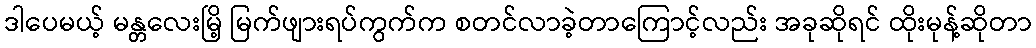
ဒါပေမယ့် မန္တလေးမြိ့ မြက်ဖျားရပ်ကွက်က စတင်လာခဲ့တာကြောင့်လည်း အခုဆိုရင် ထိုးမုန့်ဆိုတာ